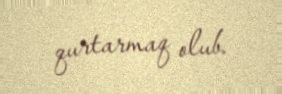
qurtarmaq olub.